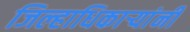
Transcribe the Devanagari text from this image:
जिल्हाधिकाऱ्यांनी